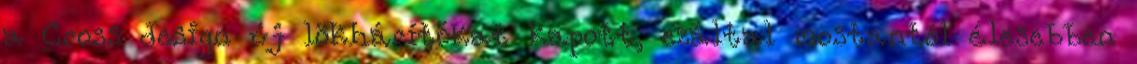
a Cross design új lökhárítókat kapott, ezáltal mostantól élesebben